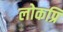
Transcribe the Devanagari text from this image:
लोकप्रि